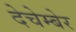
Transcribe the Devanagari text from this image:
देचेम्बेर